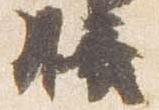
膳